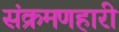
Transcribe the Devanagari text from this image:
संक्रमणहारी